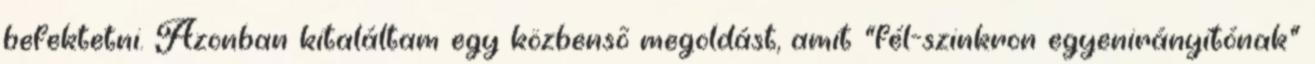
befektetni. Azonban kitaláltam egy közbensõ megoldást, amit "fél-szinkron egyenirányítónak"